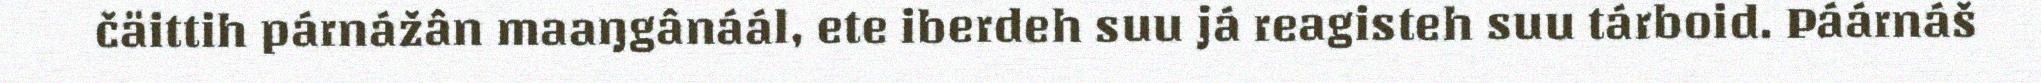
čäittih párnážân maaŋgânáál, ete iberdeh suu já reagisteh suu tárboid. Páárnáš